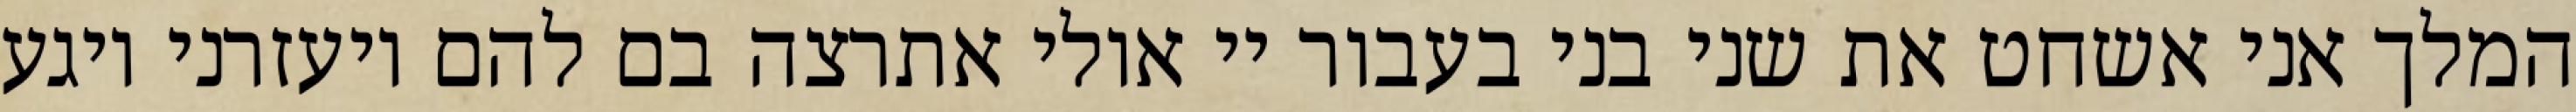
המלך אני אשחט את שני בני בעבור יי אולי אתרצה בם להם ויעזרני ויגע